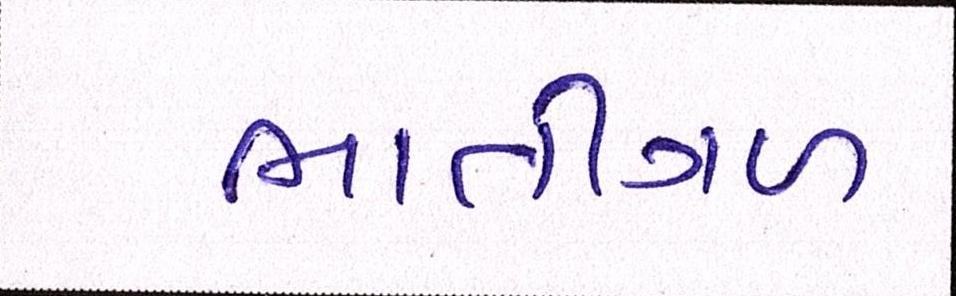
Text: ભાતીગળ